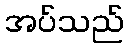
အပ်သည်